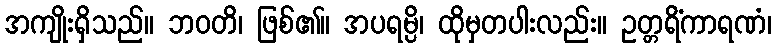
အကျိုးရှိသည်။ ဘဝတိ၊ ဖြစ်၏။ အပရမ္ပိ၊ ထိုမှတပါးလည်း။ ဥတ္တရိံကာရဏံ၊